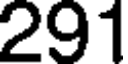
291